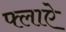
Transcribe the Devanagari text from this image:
फ्लाऐ